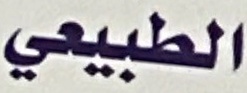
الطبيي